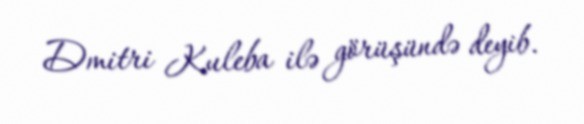
Dmitri Kuleba ilə görüşündə deyib.